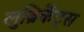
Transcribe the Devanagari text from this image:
लुब्रिकेंट्स